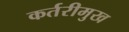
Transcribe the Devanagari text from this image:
कर्तरीमुख